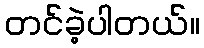
တင်ခဲ့ပါတယ်။